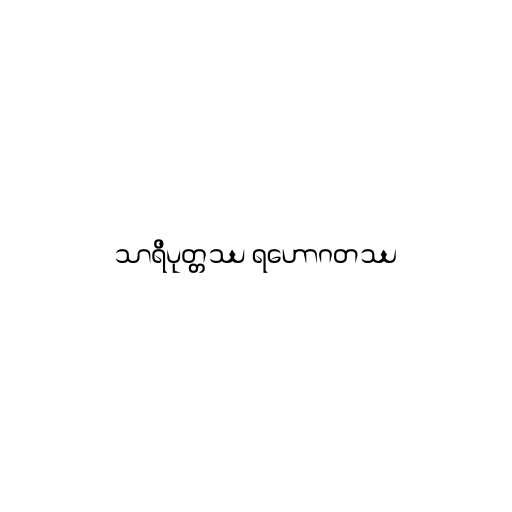
သာရိပုတ္တဿ ရဟောဂတဿ